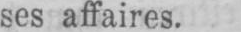
ses affaires.